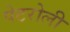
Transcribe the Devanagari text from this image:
पेटरोली